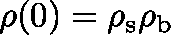
\mathbf { \rho } ( 0 ) = \mathbf { \rho } _ { \mathrm { s } } \mathbf { \rho } _ { \mathrm { b } }